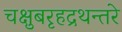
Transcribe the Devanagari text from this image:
चक्षुबरृहद्रथन्तरे